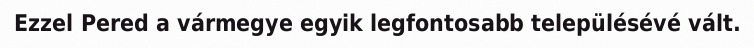
Ezzel Pered a vármegye egyik legfontosabb településévé vált.